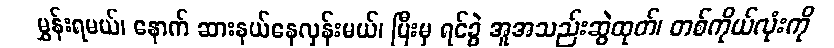
မွှန်းရမယ်၊ နောက် ဆားနယ်နေလှန်းမယ်၊ ပြီးမှ ရင်ခွဲ အူအသည်းဆွဲထုတ်၊ တစ်ကိုယ်လုံးကို